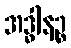
အဒ္ဓါနဉ္စ